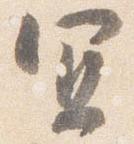
宜